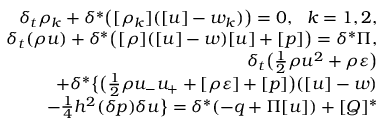
\begin{array} { r } { \delta _ { t } \rho _ { k } + \delta ^ { * } \big ( [ \rho _ { k } ] ( [ u ] - w _ { k } ) \big ) = 0 , \ \ k = 1 , 2 , } \\ { \delta _ { t } ( \rho u ) + \delta ^ { * } \big ( [ \rho ] ( [ u ] - w ) [ u ] + [ p ] \big ) = \delta ^ { * } \Pi , } \\ { \delta _ { t } \big ( \frac 1 2 \rho u ^ { 2 } + \rho \varepsilon \big ) } \\ { + \delta ^ { * } \big \{ \big ( \frac 1 2 \rho u _ { - } u _ { + } + [ \rho \varepsilon ] + [ p ] \big ) ( [ u ] - w ) } \\ { - \frac 1 4 h ^ { 2 } ( \delta p ) \delta u \big \} = \delta ^ { * } ( - q + \Pi [ u ] ) + [ Q ] ^ { * } } \end{array}